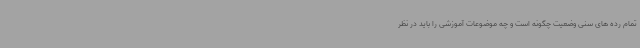
تمام رده های سنی وضعیت چگونه است و چه موضوعات آموزشی را باید در نظر